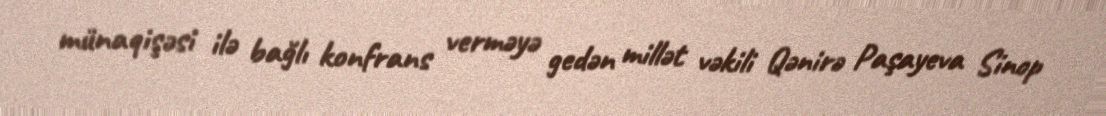
münaqişəsi ilə bağlı konfrans verməyə gedən millət vəkili Qənirə Paşayeva Sinop